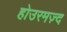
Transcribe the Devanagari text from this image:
होउरमज़्द